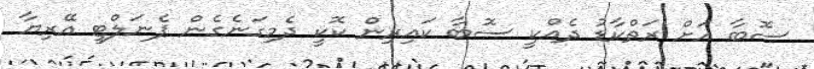
ސޮބާ އަށް ރަތްކާޑު ދެއްކީ ސޮބާ ކައިރިން ކޮކީ ދެމިގަނެގެން ޕެނަލްޓީ އޭރިޔާ